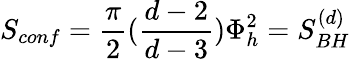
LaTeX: S_{conf}={\frac{\pi}{2}}({\frac{d-2}{d-3}})\Phi_{h}^{2}=S_{BH}^{(d)}